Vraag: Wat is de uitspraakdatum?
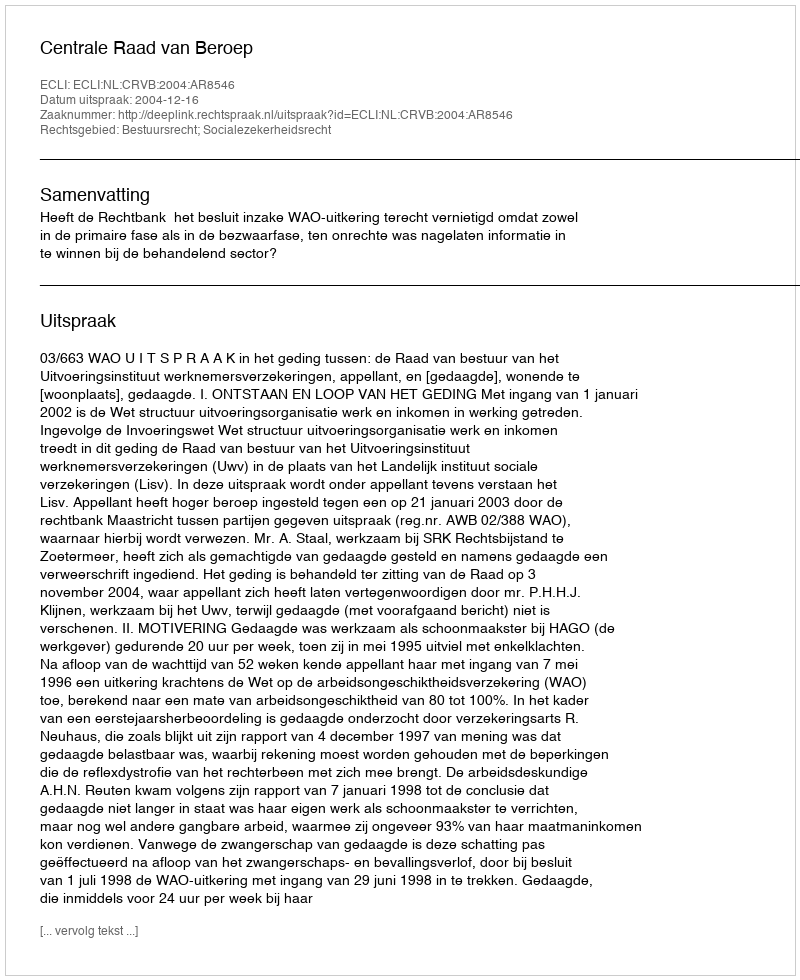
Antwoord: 2004-12-16